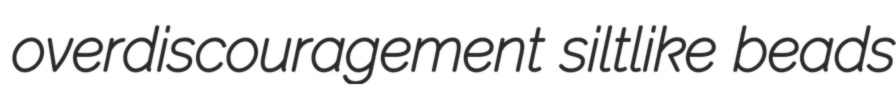
overdiscouragement siltlike beads